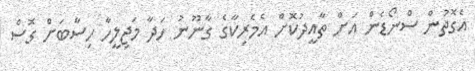
އެގޮތުން ސްނޯޑެން އަށް ތާއީދުކޮށް އެމެރިކާގެ ގާނޫނު ހަދާ މަޖިލީހާ ހިސާބަށް ގޮސް